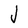
Character: J